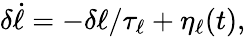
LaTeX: \delta\dot{\ell}=-\delta\ell/\tau_{\ell}+\eta_{\ell}(t),